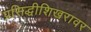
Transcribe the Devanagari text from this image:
प्रसिद्धीशिखरावर